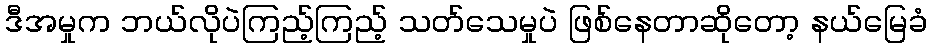
ဒီအမှုက ဘယ်လိုပဲကြည့်ကြည့် သတ်သေမှုပဲ ဖြစ်နေတာဆိုတော့ နယ်မြေခံ